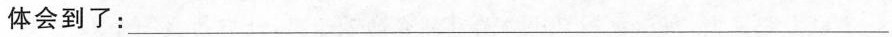
体会到了：___